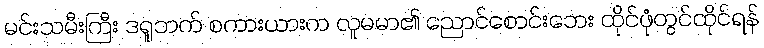
မင်းသမီးကြီး ဒရူဘက် စကားယားက လူမမာ၏ ညောင်စောင်းဘေး ထိုင်ဖုံတွင်ထိုင်ရန်